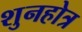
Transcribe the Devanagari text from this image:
शुनहोत्र